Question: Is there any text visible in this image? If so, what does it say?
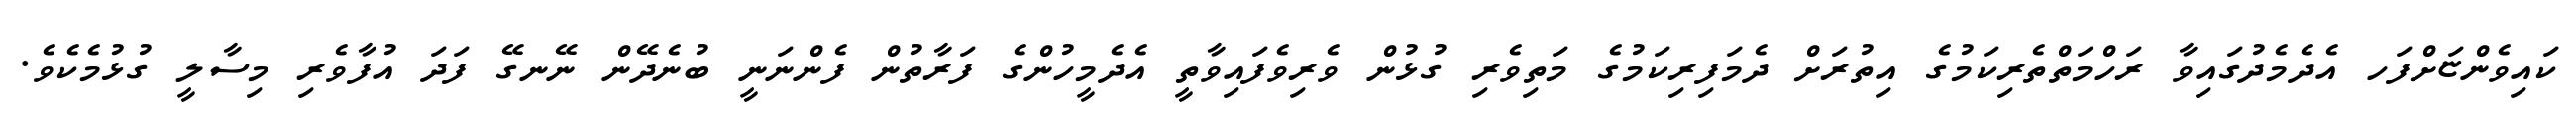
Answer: ކައިވެންޏަށްފަހ އެދެމެދުގައިވާ ރަހްމަތްތެރިކަމުގެ އިތުރަށް ދެމަފިރިކަމުގެ މަތިވެރި ގުޅުން ވެރިވެފައިވާތީ އެދެމީހުންގެ ފަރާތުން ފެންނަނީ ބުނެދޭން ނޭނގޭ ފަދަ އުފާވެރި މިސާލީ ގުޅުމެކެވެ.